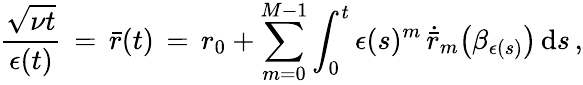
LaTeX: \frac{\sqrt{\nu t}}{\epsilon(t)}\, =\, \bar{r}(t)\, =\, r_{0}+\sum_{m=0}^{M-1}\int_{0}^{t}\epsilon(s)^{m}\, \dot{\bar{r}}_{m}\bigl(\beta_{\epsilon(s)}\bigr)\, \mathrm{d}s\, ,